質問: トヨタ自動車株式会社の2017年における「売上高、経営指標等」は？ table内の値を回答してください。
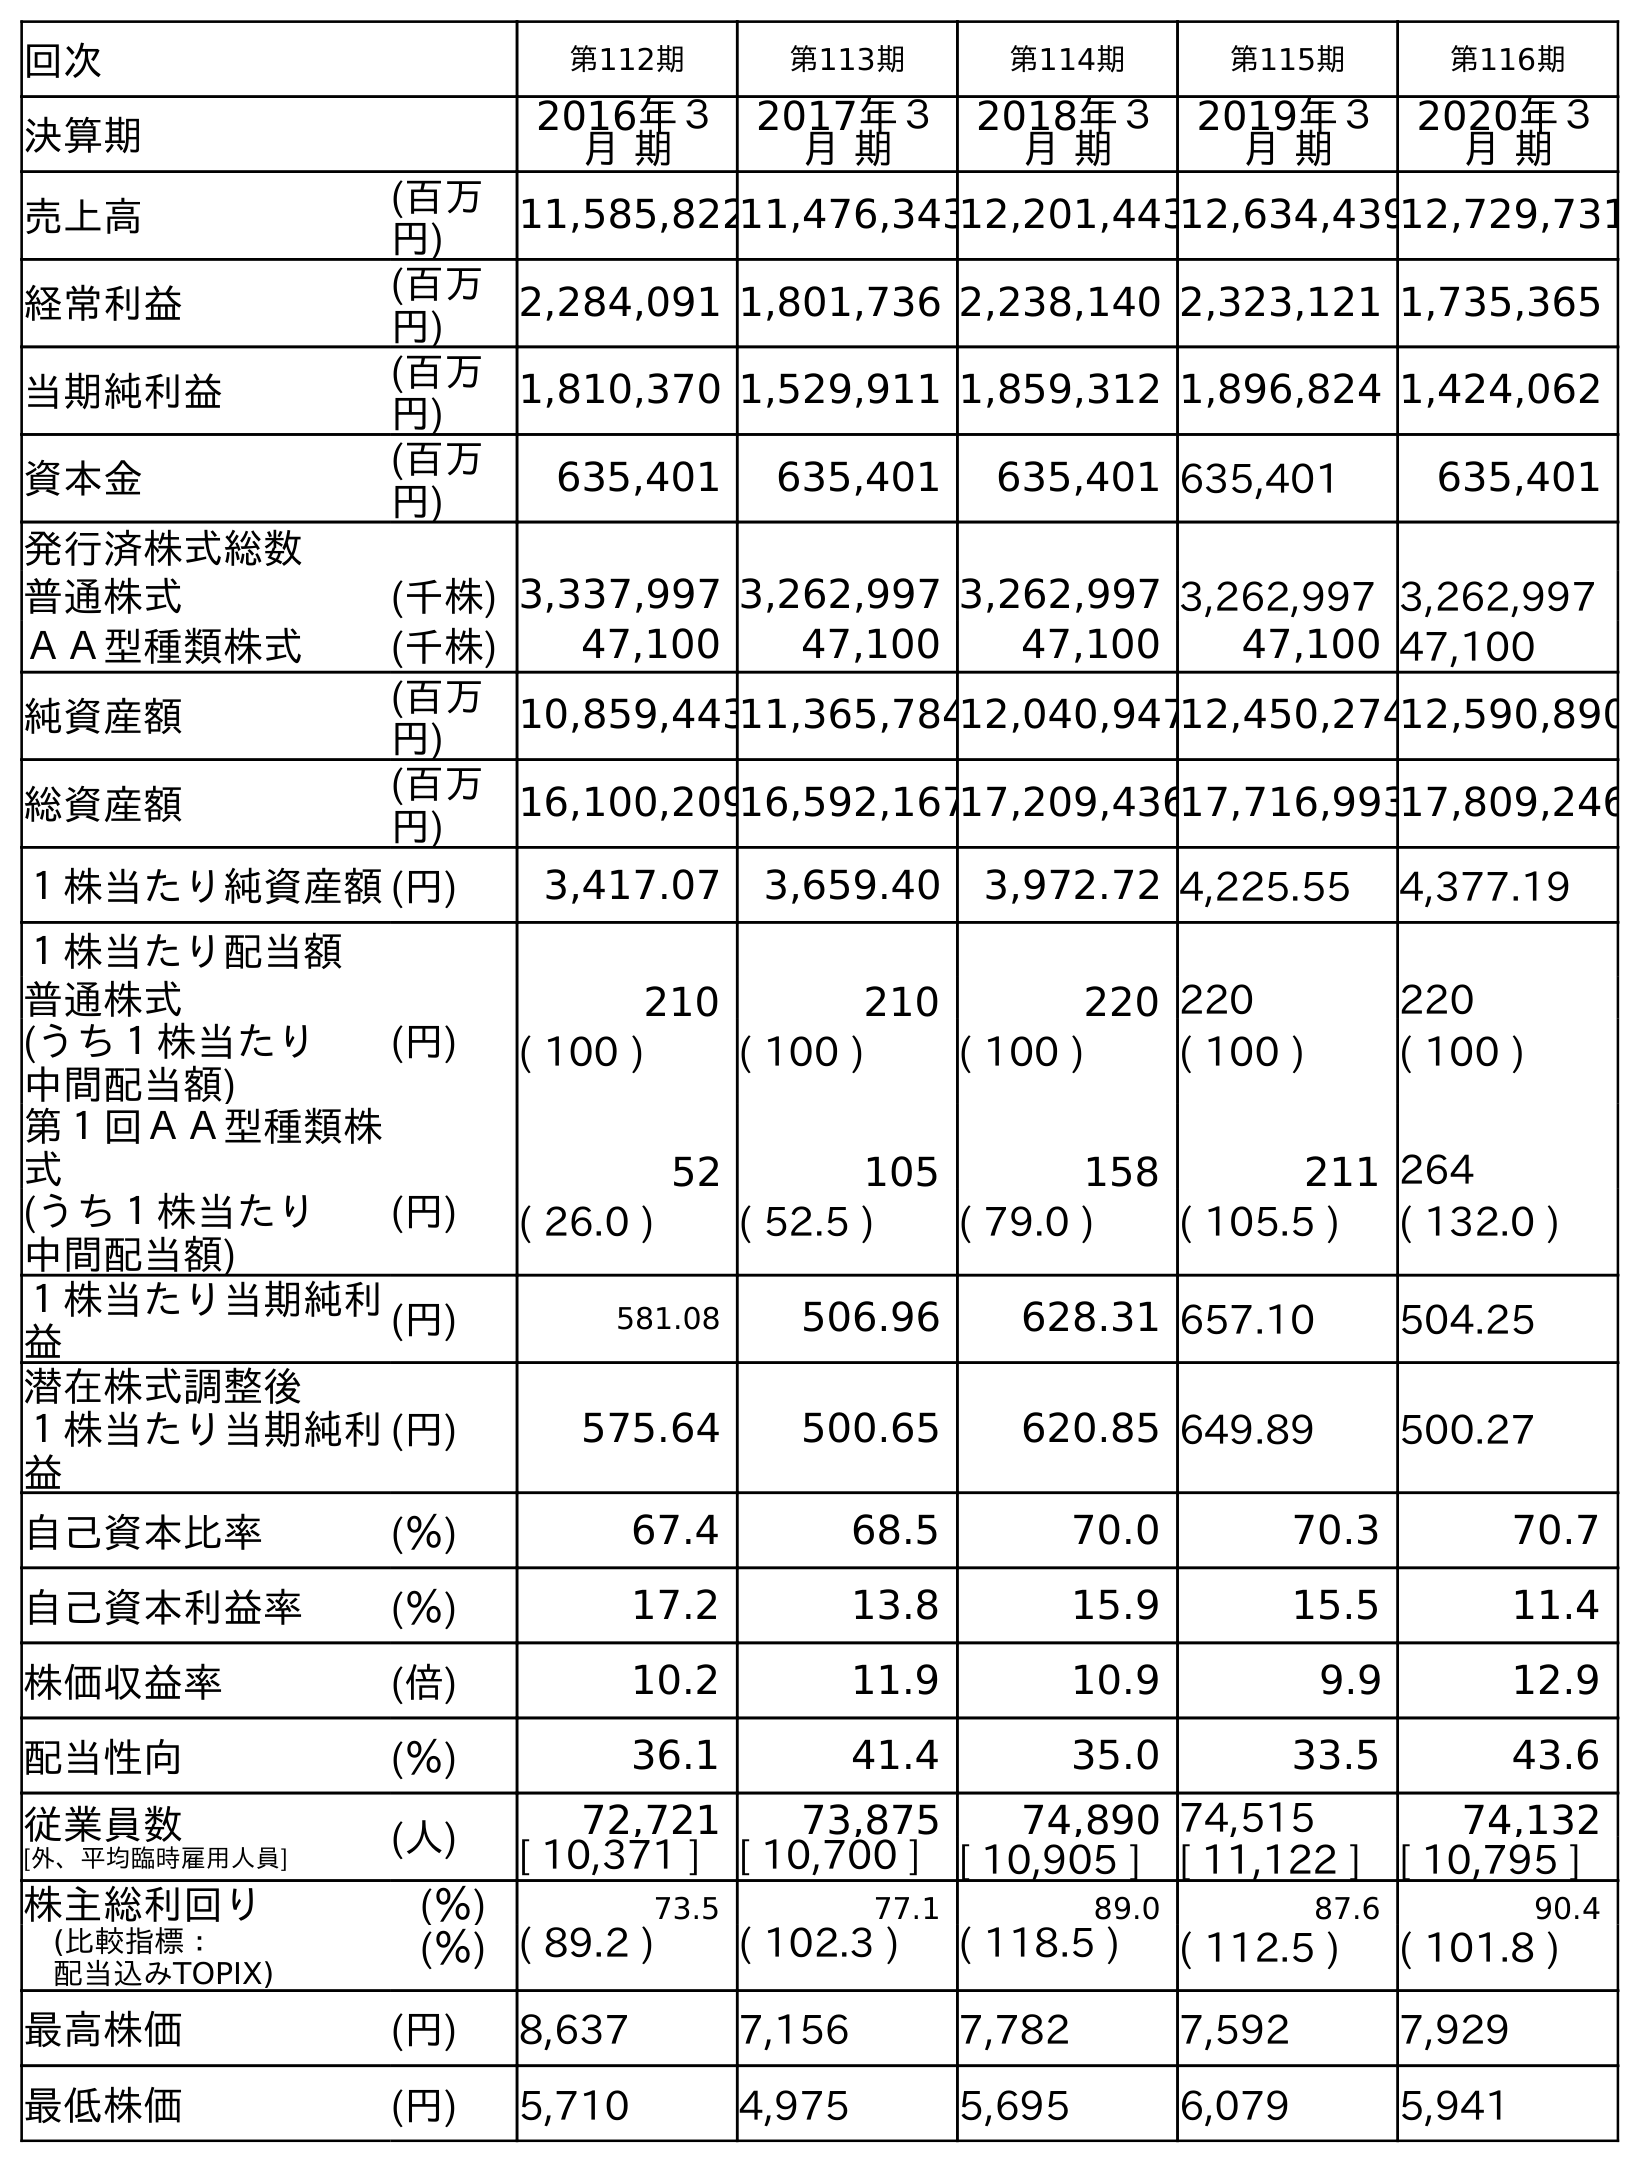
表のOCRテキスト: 回次 第112期 第113期 第114期 第115期 第116期 決算期 2016年３ 月 期 2017年３ 月 期 2018年３ 月 期 2019年３ 月 期 2020年３ 月 期 売上高 (百万 円) 11,585,82211,476,34312,201,44312,634,43912,729,731 経常利益 (百万 円) 2,284,091 1,801,736 2,238,140 2,323,121 1,735,365 当期純利益 (百万 円) 1,810,370 1,529,911 1,859,312 1,896,824 1,424,062 資本金 (百万 円) 635,401 635,401 635,401 635,401 635,401 発行済株式総数 普通株式 (千株) 3,337,997 3,262,997 3,262,997 3,262,997 3,262,997 ＡＡ型種類株式 (千株) 47,100 47,100 47,100 47,100 47,100 純資産額 (百万 円) 10,859,44311,365,78412,040,94712,450,27412,590,890 総資産額 (百万 円) 16,100,20916,592,16717,209,43617,716,99317,809,246 １株当たり純資産額(円) 3,417.07 3,659.40 3,972.72 4,225.55 4,377.19 １株当たり配当額 普通株式 (円) 210 210 220 220 220 (うち１株当たり 中間配当額) ( 100 ) ( 100 ) ( 100 ) ( 100 ) ( 100 ) 第１回ＡＡ型種類株 式 52 105 158 211 264 (うち１株当たり 中間配当額) (円) ( 26.0 ) ( 52.5 ) ( 79.0 ) ( 105.5 ) ( 132.0 ) １株当たり当期純利 益 (円) 581.08 506.96 628.31 657.10 504.25 潜在株式調整後 １株当たり当期純利 益 (円) 575.64 500.65 620.85 649.89 500.27 自己資本比率 (％) 67.4 68.5 70.0 70.3 70.7 自己資本利益率 (％) 17.2 13.8 15.9 15.5 11.4 株価収益率 (倍) 10.2 11.9 10.9 9.9 12.9 配当性向 (％) 36.1 41.4 35.0 33.5 43.6 従業員数 [外、平均臨時雇用人員] (人) 72,721 73,875 74,890 74,515 74,132 [ 10,371 ] [ 10,700 ] [ 10,905 ] [ 11,122 ] [ 10,795 ] 株主総利回り (％) 73.5 77.1 89.0 87.6 90.4 (比較指標： 配当込みTOPIX) (％) ( 89.2 ) ( 102.3 ) ( 118.5 ) ( 112.5 ) ( 101.8 ) 最高株価 (円) 8,637 7,156 7,782 7,592 7,929 最低株価 (円) 5,710 4,975 5,695 6,079 5,941
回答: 11,476,343